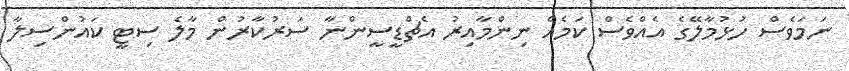
ނަމަވެސް ހުޅުމާލޭގެ އެއްވެސް ކަމެއް ނިންމާއިރު އެޗްޑީސީންނާ ސަރުކާރުން މާލެ ސިޓީ ކައުންސިލާ